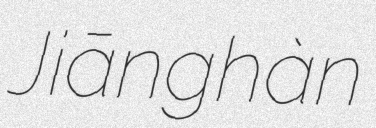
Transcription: Jiānghàn